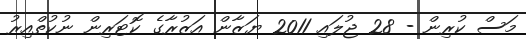
މަސް ކުރިން - 28 ޖުލައި 2011 ޔަޒާން އަޒުރާގެ ކޮޓަރިން ނުކުތްއިރު